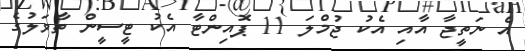
އެ ނަތީޖާ އާއި އެކު ޖުމްލަ 11 ޕޮއިންޓާ އެކު ޓީސީން ތާވަލުގެ